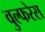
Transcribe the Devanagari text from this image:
वुल्फरेस